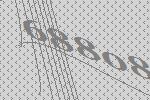
68808